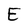
Character: E